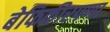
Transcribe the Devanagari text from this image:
बेफिकीरपणा